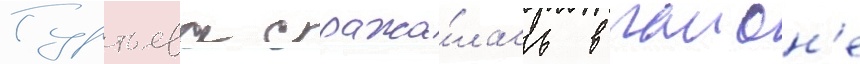
Гуртьева сража́лась в раион'е